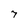
Character: 7